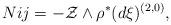
LaTeX: \begin{align*}Nij=-\mathcal{Z}\wedge \rho^*(d\mathcal{\xi})^{(2,0)},\end{align*}